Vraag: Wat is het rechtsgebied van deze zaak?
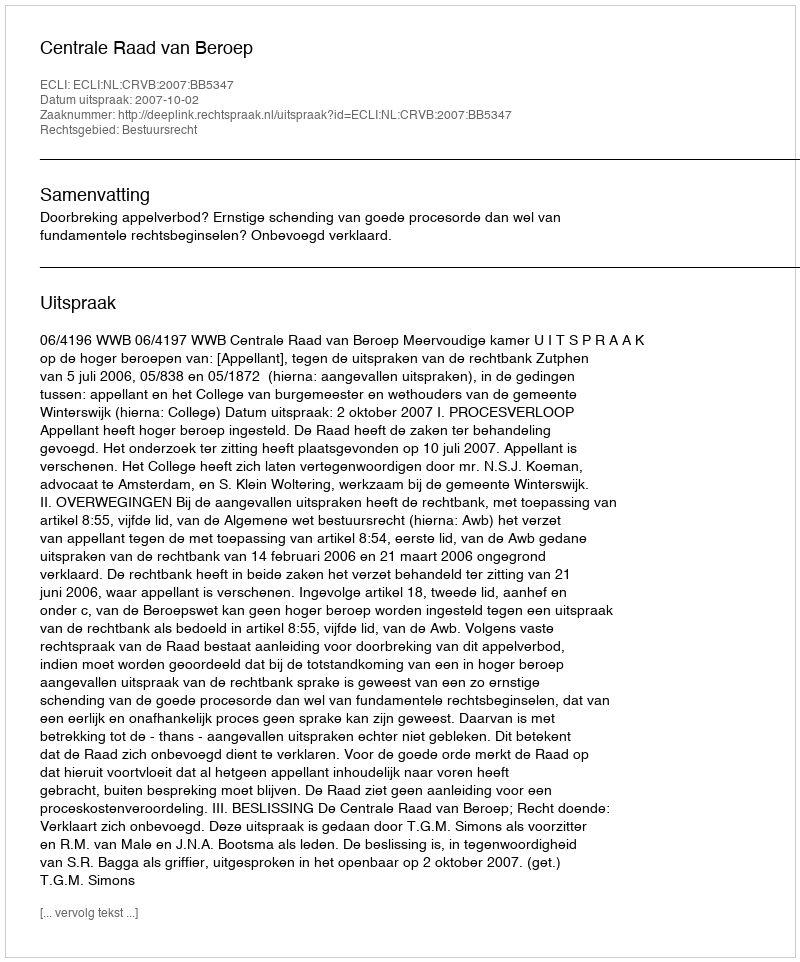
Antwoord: Bestuursrecht